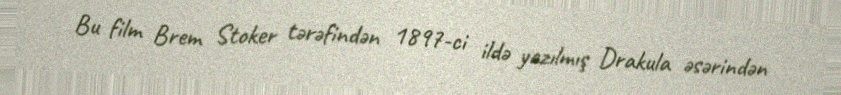
Bu film Brem Stoker tərəfindən 1897-ci ildə yazılmış Drakula əsərindən